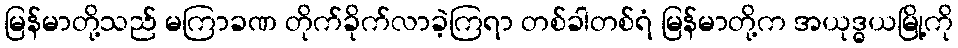
မြန်မာတို့သည် မကြာခဏ တိုက်ခိုက်လာခဲ့ကြရာ တစ်ခါတစ်ရံ မြန်မာတို့က အယုဒ္ဓယမြို့ကို